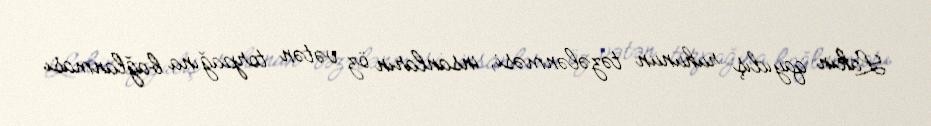
Lakin qayıdış ruhunun təzələnməsi, insanların öz vətən torpağına bağlanması